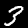
Digit: 3